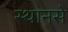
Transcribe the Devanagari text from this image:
स्थानसे